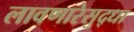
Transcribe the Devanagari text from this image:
लावणारेसुद्धा